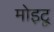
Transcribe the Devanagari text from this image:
मोइटू